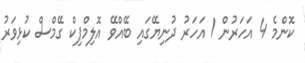
ކޮންމެ 4 އަހަރުން 1 އަހަރު ދުނިޔޭގައި ބޭއްވޭ އޮލިމްޕިކް ގޭމްސް ކުޅިވަރު